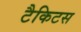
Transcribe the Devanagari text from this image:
टैकिटस